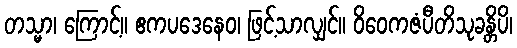
တသ္မာ၊ ကြောင့်။ ဧကပဒေနေဝ၊ ဖြင့်သာလျှင်။ ဝိဝေကဇံပီတိသုခန္တိပိ၊